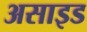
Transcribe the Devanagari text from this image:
असाइड